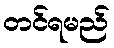
တင်ရမည်